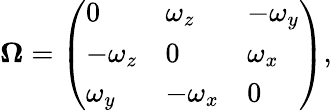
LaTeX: \mathbf{\Omega}=\left(\begin{array}{lll}{0}&{\omega_{z}}&{-\omega_{y}}\\ {-\omega_{z}}&{0}&{\omega_{x}}\\ {\omega_{y}}&{-\omega_{x}}&{0}\end{array}\right),